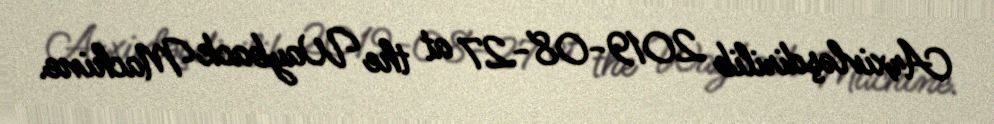
Arxivləşdirilib 2019-08-27 at the Wayback Machine.